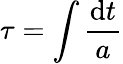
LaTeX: \tau=\int\frac{\mathrm{d}t}{a}